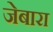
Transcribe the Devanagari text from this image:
जेबारा